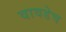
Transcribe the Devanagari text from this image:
वावडेच